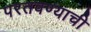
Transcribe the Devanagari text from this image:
परतवण्याची